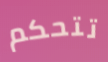
تتحكم